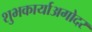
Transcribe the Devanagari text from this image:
शुभकार्याअगोदर